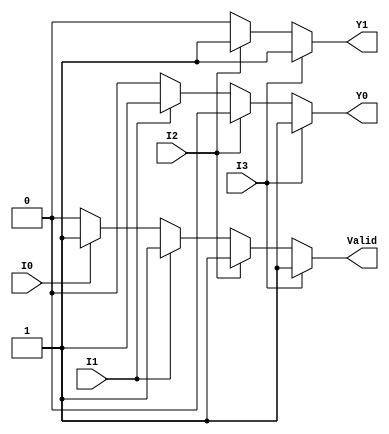
module priority_encoder (
    input wire I0,  // Input 0
    input wire I1,  // Input 1
    input wire I2,  // Input 2
    input wire I3,  // Input 3
    output reg Y1,  // Most significant bit of the output
    output reg Y0,  // Least significant bit of the output
    output reg Valid // Indicates if any input is active
);

always @(*) begin
    // Default outputs
    Y1 = 0;
    Y0 = 0;
    Valid = 0;

    // Check inputs in priority order
    if (I3) begin
        Y1 = 1;
        Y0 = 1;
        Valid = 1;
    end else if (I2) begin
        Y1 = 1;
        Y0 = 0;
        Valid = 1;
    end else if (I1) begin
        Y1 = 0;
        Y0 = 1;
        Valid = 1;
    end else if (I0) begin
        Y1 = 0;
        Y0 = 0;
        Valid = 1;
    end else begin
        Valid = 0; // No inputs are active
    end
end

endmodule